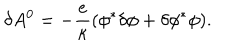
LaTeX: \delta A ^ { 0 } = - { \frac { e } { \kappa } } ( \phi ^ { * } \delta \phi + \delta \phi ^ { * } \phi ) .